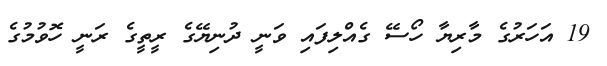
19 އަހަރުގެ މާރިޔާ ހޯސޭ ގެއްލިފައި ވަނީ ދުނިޔޭގެ ރީތީގެ ރަނީ ހޮވުމުގެ